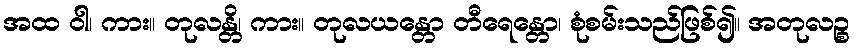
အထ ဝါ၊ ကား။ တုလန္တိ၊ ကား။ တုလယန္တော တီရေန္တော၊ စုံစမ်းသည်ဖြစ်၍။ အတုလဉ္စ